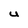
Character: U